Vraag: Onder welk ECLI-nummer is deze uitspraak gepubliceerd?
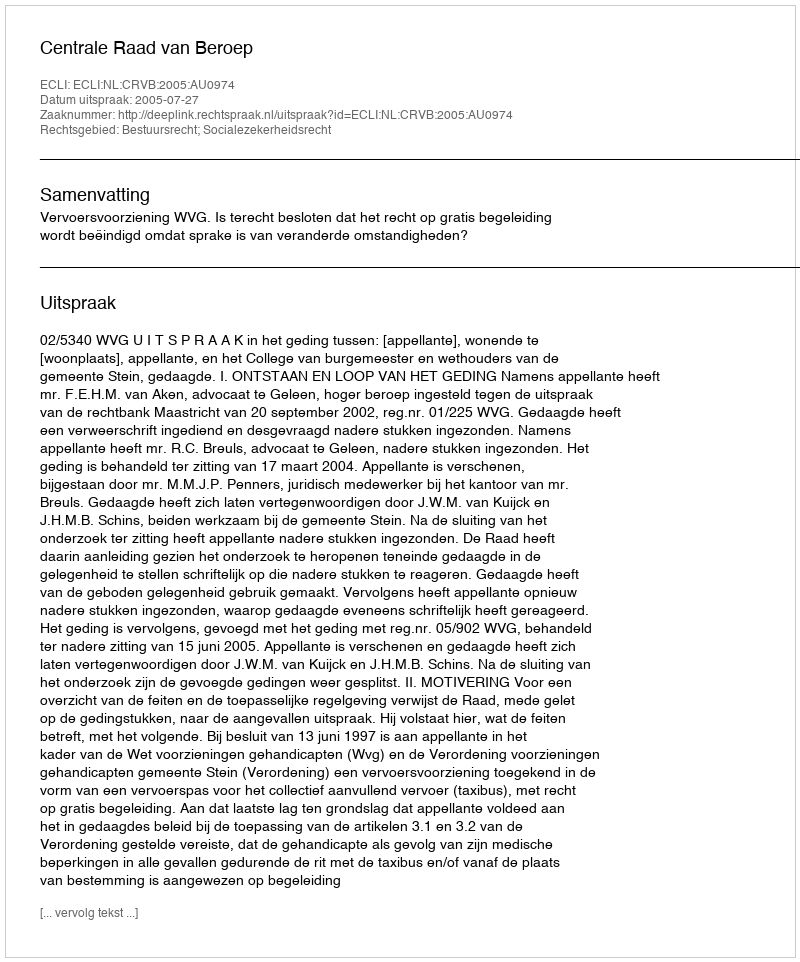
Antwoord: ECLI:NL:CRVB:2005:AU0974